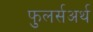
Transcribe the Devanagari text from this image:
फुलर्सअर्थ